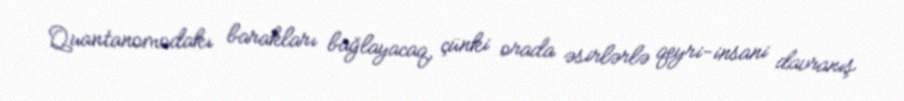
Quantanomodakı barakları bağlayacaq, çünki orada əsirlərlə qeyri-insani davranış